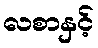
လစာနှင့်